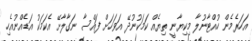
އަހަރެމެން ހުއްޓާނުލާ މިކިޔާނީ ތިޔެއް ކަމަކުނުދޭ އަވަހަށް ފައްސާ ނަގާލާށޭ އެކަމަކު އަޑެއްނުއެހި